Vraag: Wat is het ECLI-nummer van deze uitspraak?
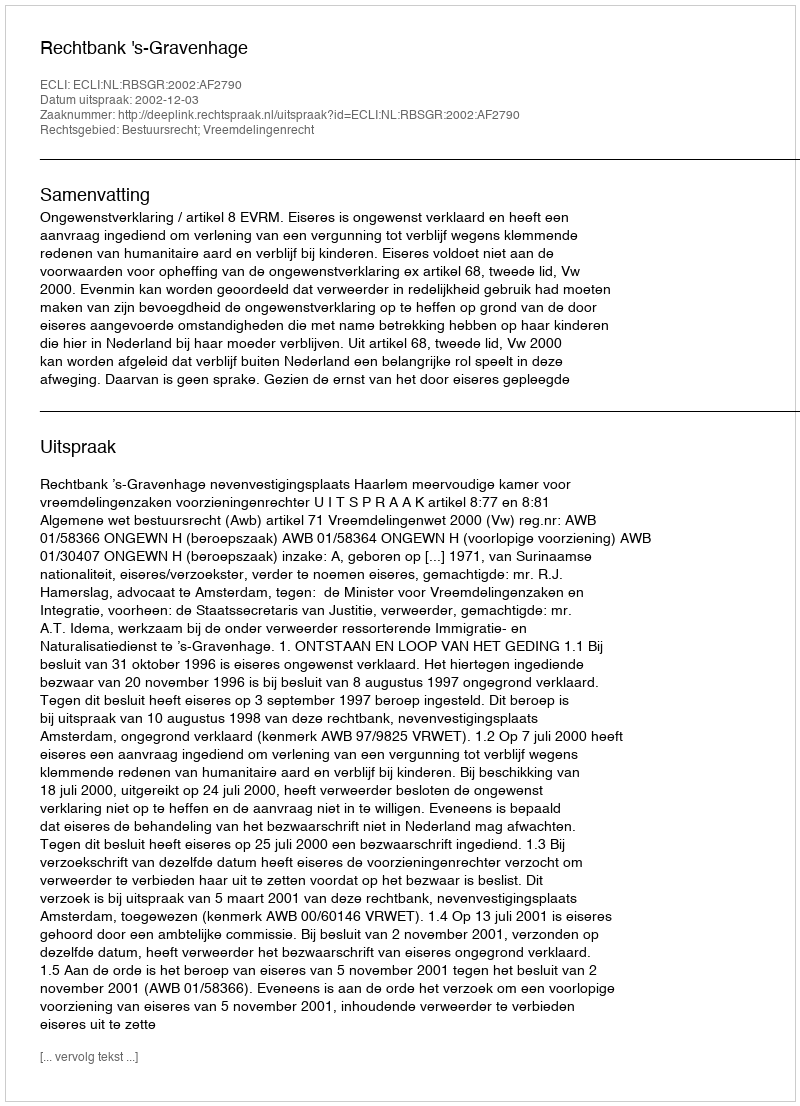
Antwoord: ECLI:NL:RBSGR:2002:AF2790